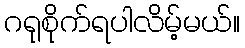
ဂရုစိုက်ရပါလိမ့်မယ်။